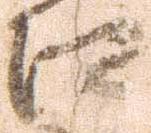
江